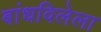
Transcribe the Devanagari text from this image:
बांधविलेला